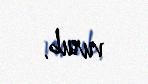
vurub.